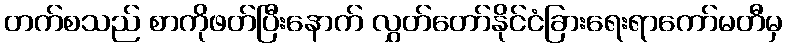
တက်စသည် စာကိုဖတ်ပြီးနောက် လွှတ်တော်နိုင်ငံခြားရေးရာကော်မတီမှ